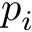
p _ { i }